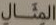
المثال